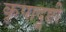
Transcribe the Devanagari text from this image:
कृपादॄष्टी